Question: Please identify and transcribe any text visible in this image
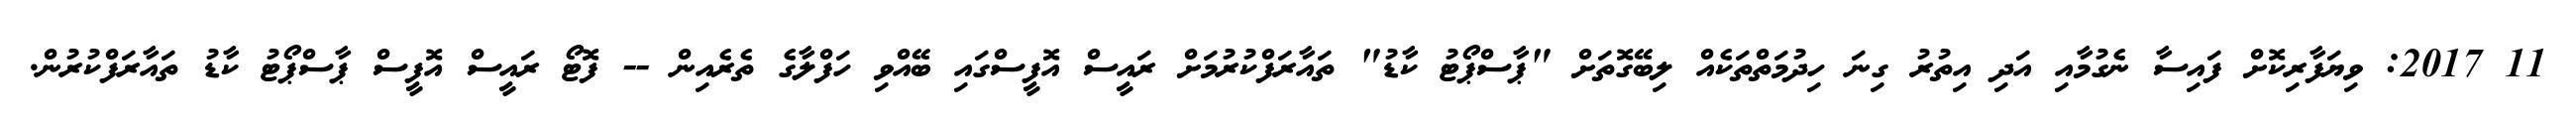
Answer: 11 2017: ވިޔަފާރިކޮށް ފައިސާ ނެގުމާއި އަދި އިތުރު ގިނަ ހިދުމަތްތަކެއް ލިބޭގޮތަށް "ޕާސްޕޯޓު ކާޑު" ތައާރަފްކުރުމަށް ރައީސް އޮފީސްގައި ބޭއްވި ހަފްލާގެ ތެރެއިން -- ފޮޓޯ ރައީސް އޮފީސް ޕާސްޕޯޓު ކާޑު ތައާރަފްކުރުން.